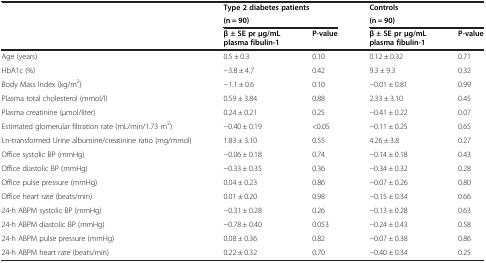
<table><thead><tr><td rowspan="2"><b> </b></td><td colspan="2"><b>Type 2 diabetes patients</b></td><td colspan="2"><b>Controls</b></td></tr><tr><td colspan="2"><b>(n = 90)</b></td><td colspan="2"><b>(n = 90)</b></td></tr><tr><td><b> </b></td><td><b>β ± SE pr μg/mL plasma fibulin-1</b></td><td><b>P-value</b></td><td><b>β ± SE pr μg/mL plasma fibulin-1</b></td><td><b>P-value</b></td></tr></thead><tbody><tr><td>Age (years)</td><td>0.5 ± 0.3</td><td>0.10</td><td>0.12 ± 0.32</td><td>0.71</td></tr><tr><td>HbA1c (%)</td><td>−3.8 ± 4.7</td><td>0.42</td><td>9.3 ± 9.3</td><td>0.32</td></tr><tr><td>Body Mass Index (kg/m<sup>2</sup>)</td><td>−1.1 ± 0.6</td><td>0.10</td><td>−0.01 ± 0.81</td><td>0.99</td></tr><tr><td>Plasma total cholesterol (mmol/l)</td><td>0.59 ± 3.84</td><td>0.88</td><td>2.33 ± 3.10</td><td>0.45</td></tr><tr><td>Plasma creatinine (μmol/liter)</td><td>0.24 ± 0.21</td><td>0.25</td><td>−0.41 ± 0.22</td><td>0.07</td></tr><tr><td>Estimated glomerular filtration rate (mL/min/1.73 m<sup>2</sup>)</td><td>−0.40 ± 0.19</td><td>&lt;0.05</td><td>−0.11 ± 0.25</td><td>0.65</td></tr><tr><td>Ln-transformed Urine albumine/creatinine ratio (mg/mmol)</td><td>1.83 ± 3.10</td><td>0.55</td><td>4.26 ± 3.8</td><td>0.27</td></tr><tr><td>Office systolic BP (mmHg)</td><td>−0.06 ± 0.18</td><td>0.74</td><td>−0.14 ± 0.18</td><td>0.43</td></tr><tr><td>Office diastolic BP (mmHg)</td><td>−0.33 ± 0.35</td><td>0.36</td><td>−0.34 ± 0.32</td><td>0.28</td></tr><tr><td>Office pulse pressure (mmHg)</td><td>0.04 ± 0.23</td><td>0.86</td><td>−0.07 ± 0.26</td><td>0.80</td></tr><tr><td>Office heart rate (beats/min)</td><td>0.01 ± 0.20</td><td>0.98</td><td>−0.15 ± 0.34</td><td>0.66</td></tr><tr><td>24-h ABPM systolic BP (mmHg)</td><td>−0.31 ± 0.28</td><td>0.26</td><td>−0.13 ± 0.28</td><td>0.63</td></tr><tr><td>24-h ABPM diastolic BP (mmHg)</td><td>−0.78 ± 0.40</td><td>0.053</td><td>−0.24 ± 0.43</td><td>0.58</td></tr><tr><td>24-h ABPM pulse pressure (mmHg)</td><td>0.08 ± 0.36</td><td>0.82</td><td>−0.07 ± 0.38</td><td>0.86</td></tr><tr><td>24-h ABPM heart rate (beats/min)</td><td>0.22 ± 0.32</td><td>0.70</td><td>−0.40 ± 0.34</td><td>0.25</td></tr></tbody></table>